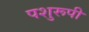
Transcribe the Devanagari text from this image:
पशुरूपी